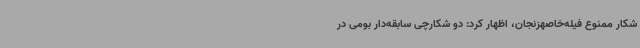
شکار ممنوع فیله‌خاصهزنجان، اظهار کرد: دو شکارچی سابقه‌دار بومی در